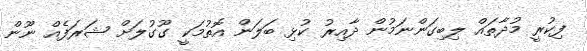
ފިކުރީ މުދާތައް ލިބިގަންނަމުން ދާއިރު ކުޅި ބަލަން އޮތުމަކީ ގޫގުލަށް ޝަރަފެއް ނޫން